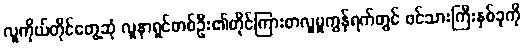
လူကိုယ်တိုင်တွေ့ဆုံ လူနာရှင်တစ်ဦး၏တိုင်ကြားစာလူမှုကွန်ရက်တွင် ဖင်သားကြီးနှစ်ခုကို